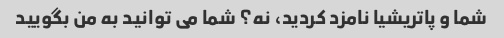
شما و پاتریشیا نامزد کردید، نه؟ شما می توانید به من بگویید